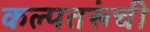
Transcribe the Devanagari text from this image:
कल्पतरूंची